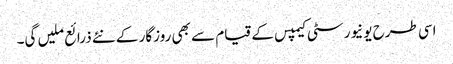
اسی طرح یونیورسٹی کیمپس کے قیام سے بھی روزگار کے نئے ذرائع ملیں گی۔